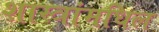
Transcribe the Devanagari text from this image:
शास्त्रांमधिल